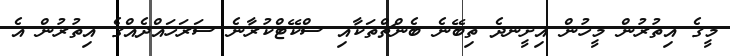
މީގެ އިތުރުން މީހުން އިށީނދެ ތިބޭނެ ބެންޗްތަކާއި ސްކޭޓްކުރާނެ ސަރަހައްދެއްގެ އިތުރުން އެ